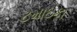
ટમાઇકા